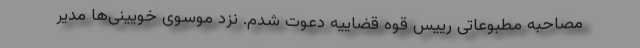
مصاحبه مطبوعاتی رییس قوه قضاییه دعوت شدم. نزد موسوی خویینی‌ها مدیر